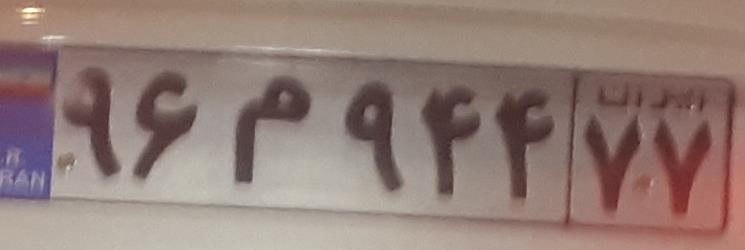
۹۶م۹۴۴۷۷